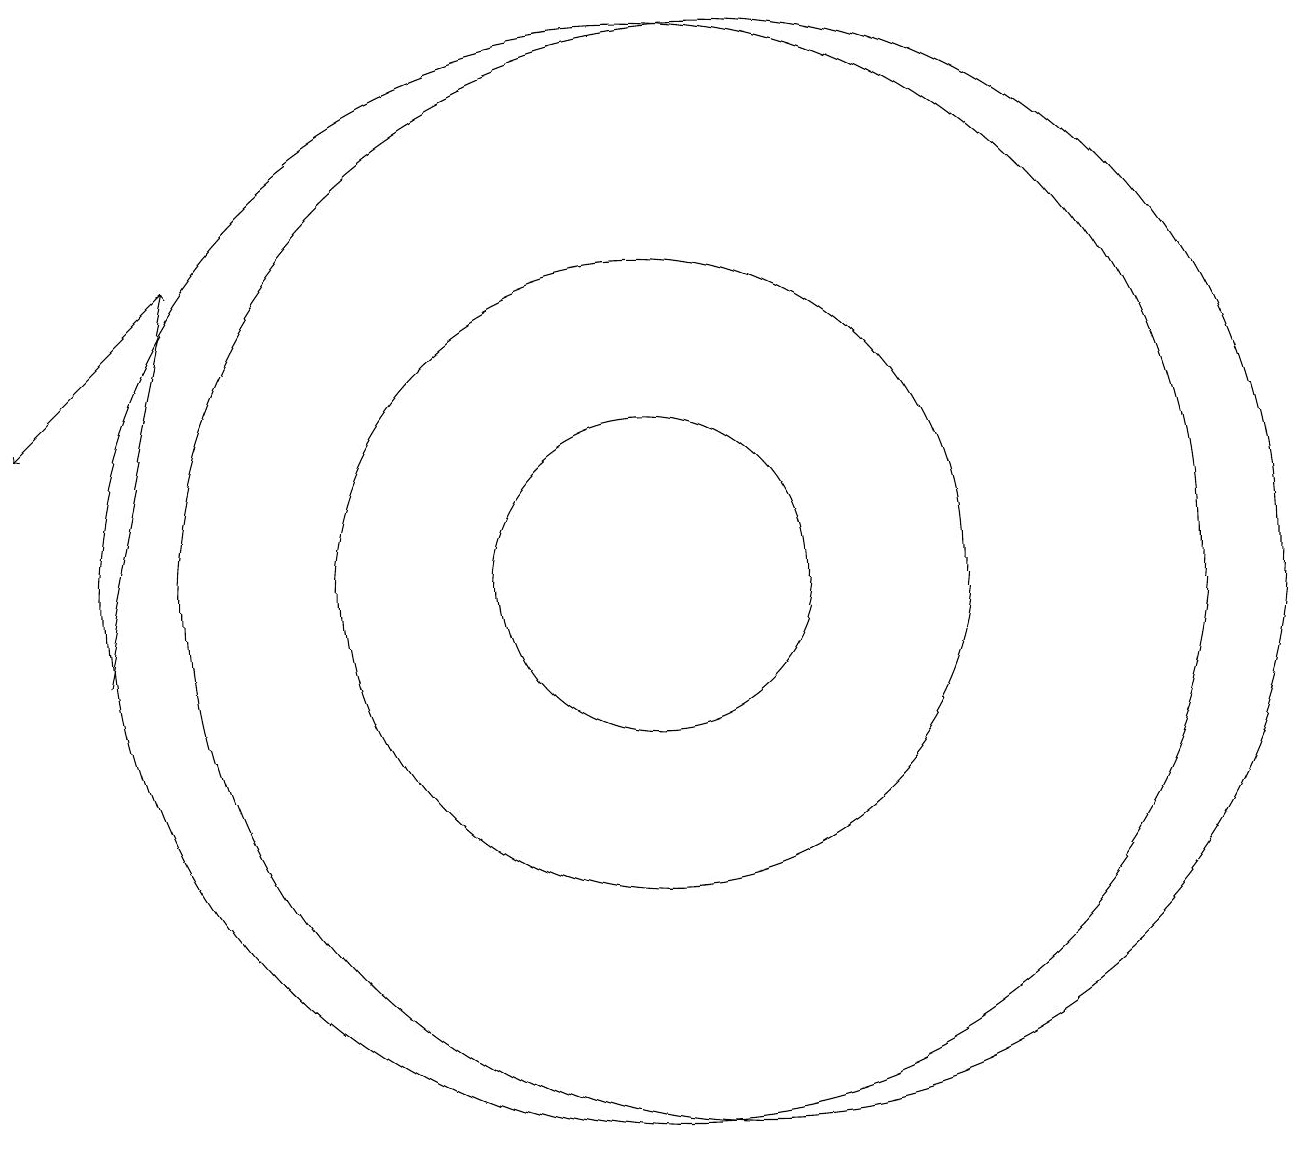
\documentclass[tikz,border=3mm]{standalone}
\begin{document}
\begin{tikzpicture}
\draw (10,11) circle (2);
\draw[->] (4,15) -- (2,13);
\draw (11,11) circle (7);
\draw (10,11) circle (4);
\draw[->] (3,10) -- (4,15);
\draw (10,11) circle (7);
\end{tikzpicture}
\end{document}